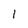
Character: 1